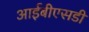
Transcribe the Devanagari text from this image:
आईबीएसडी